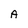
Character: A